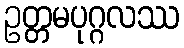
ဥတ္တမပုဂ္ဂလဿ